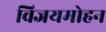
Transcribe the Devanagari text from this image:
विजयमोहन